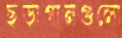
ছড়াগানগুলো